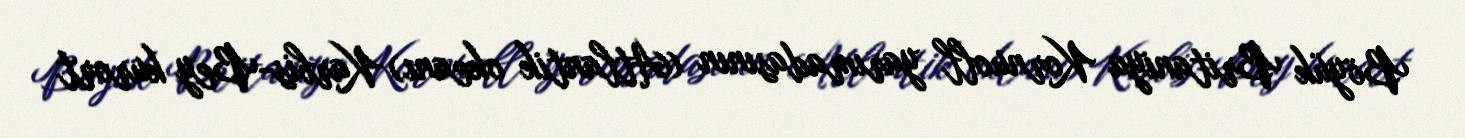
Böyük Britaniya Kornuoll yarımadasının (Atlantik okeanı) Karbis-Bey kurort